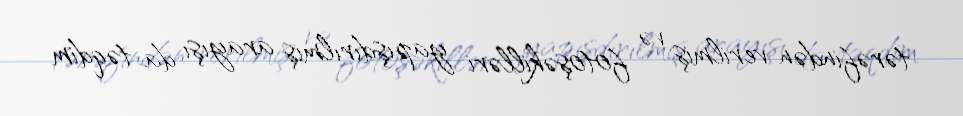
tərəfindən verilmiş və fotoşəkilləri yapışdırılmış arayışı da təqdim